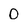
Character: 0